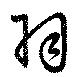
羽